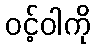
ဝင့်ဝါကို